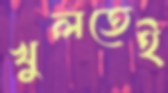
খুলতেই